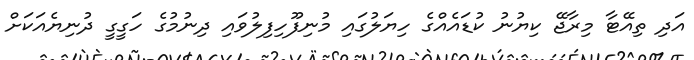
އަދި ތިއޭޓާ މިރާޖޭ ކިޔުނު ކުޑައެއްގެ ހިޔަލުގައި މުނިފޫހިފިލުވައި ދިނުމުގެ ހަގީގީ ދުނިޔެއަކަށް